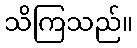
သိကြသည်။